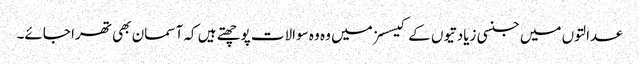
عدالتوں میں جنسی زیادتیوں کے کیسسز میں وہ وہ سوالات پوچھتے ہیں کہ آسمان بھی تھرا جائے۔